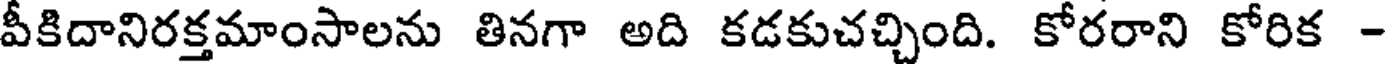
వీకిదానిరక్తమాంసాలను తినగా అది కడకుచచ్చింది. కోరరాని కోరిక -